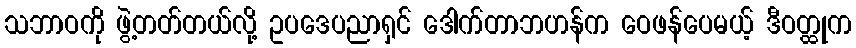
သဘာဝကို ဖွဲ့တတ်တယ်လို့ ဥပဒေပညာရှင် ဒေါက်တာဘဟန်က ဝေဖန်ပေမယ့် ဒီဝတ္ထုက